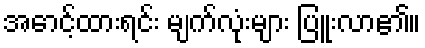
အောင့်ထားရင်း မျက်လုံးများ ပြူးလာ၏။